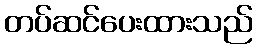
တပ်ဆင်ပေးထားသည်